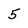
Character: 5